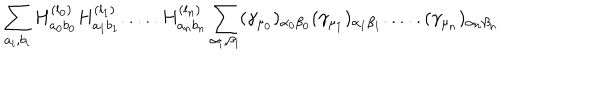
\sum _ { a _ { i } , b _ { i } } H _ { a _ { 0 } b _ { 0 } } ^ { ( l _ { 0 } ) } H _ { a _ { 1 } b _ { 1 } } ^ { ( l _ { 1 } ) } . . . . . H _ { a _ { n } b _ { n } } ^ { ( l _ { n } ) } \sum _ { \alpha _ { i } , \beta _ { i } } ( \gamma _ { \mu _ { 0 } } ) _ { \alpha _ { 0 } \beta _ { 0 } } ( \gamma _ { \mu _ { 1 } } ) _ { \alpha _ { 1 } \beta _ { 1 } } . . . . . ( \gamma _ { \mu _ { n } } ) _ { \alpha _ { n } \beta _ { n } }